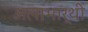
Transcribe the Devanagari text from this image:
अलाभार्थी